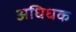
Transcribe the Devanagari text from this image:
अधिधक